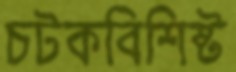
চটকবিশিষ্ট